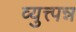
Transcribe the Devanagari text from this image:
व्युत्त्पन्न